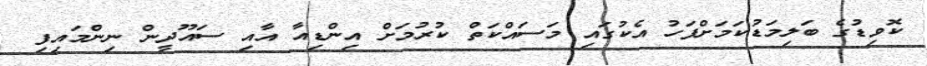
ކޮވިޑުގެ ބަލިމަޑުކަމަށްފަހު އެކުގައި މަސައްކަތް ކުރުމަށް އިންޑިއާ އާއި ސައޫދީން ނިންމައިފި